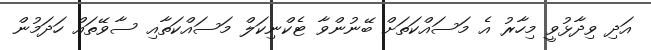
އަދި ވިދާޅުވީ މިހާރު އެ މަސައްކަތަށް ބޭނުންވާ ޓެކްނިކަލް މަސައްކަތާއި ސާވޭތައް ހަދަމުން